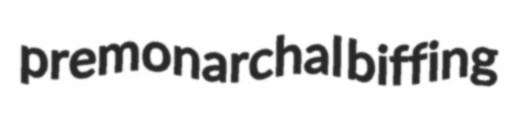
premonarchal biffing